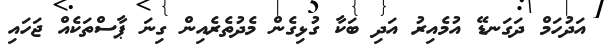
އަދުހަމް ދަގަނޑޭ އުމެއިރު އަދި ބަކާ ގުޅިގެން މެދުތެރެއިން ގިނަ ޕާސްތަކެއް ޖަހައި